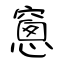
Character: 窻